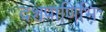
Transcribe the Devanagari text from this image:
दशपाणिभिः